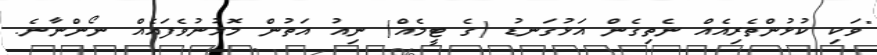
"ވަކި ކުޅުންތެރިއެއް ނެތިގެން އަޅުގަނޑު (ގެ ޓީމެއް) ނިއު އަތުން މޮޅުނުވެފައެއް ނޯންނާނެ.